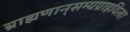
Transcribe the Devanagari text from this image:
ब्राह्मणान्‌सम्यग्राहयित्वा